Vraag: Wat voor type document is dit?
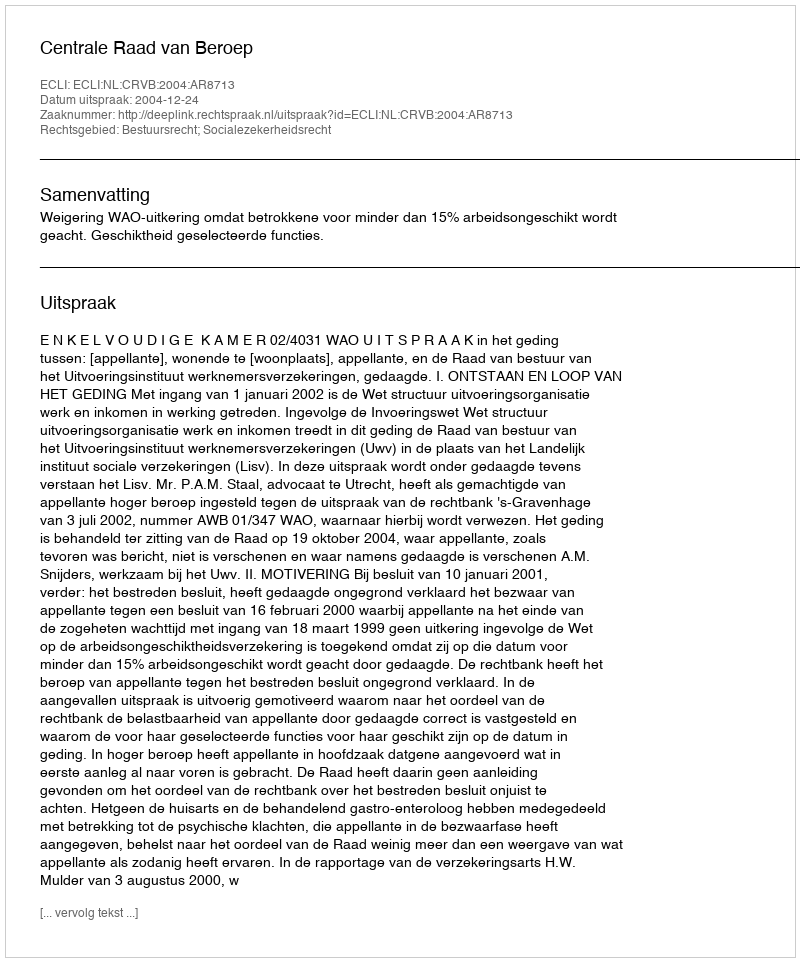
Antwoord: Uitspraak